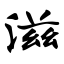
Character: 滋